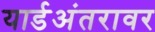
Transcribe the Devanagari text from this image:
यार्डअंतरावर